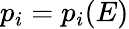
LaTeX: p_{i}=p_{i}(E)